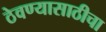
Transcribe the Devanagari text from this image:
ठेवण्यासाठीचा